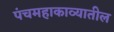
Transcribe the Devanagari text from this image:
पंचमहाकाव्यातील